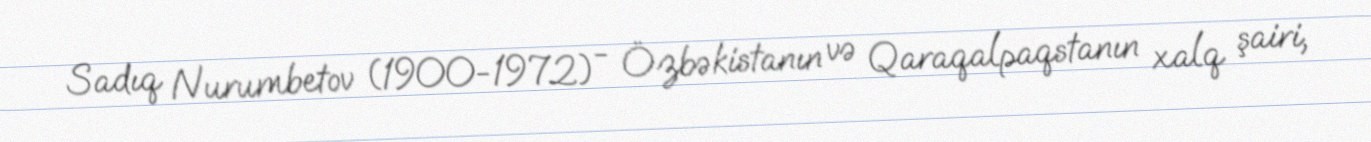
Sadıq Nurumbetov (1900-1972) - Özbəkistanın və Qaraqalpaqstanın xalq şairi,